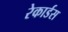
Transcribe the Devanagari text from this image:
रेकार्डस